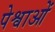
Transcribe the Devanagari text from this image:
पेश्वाओं